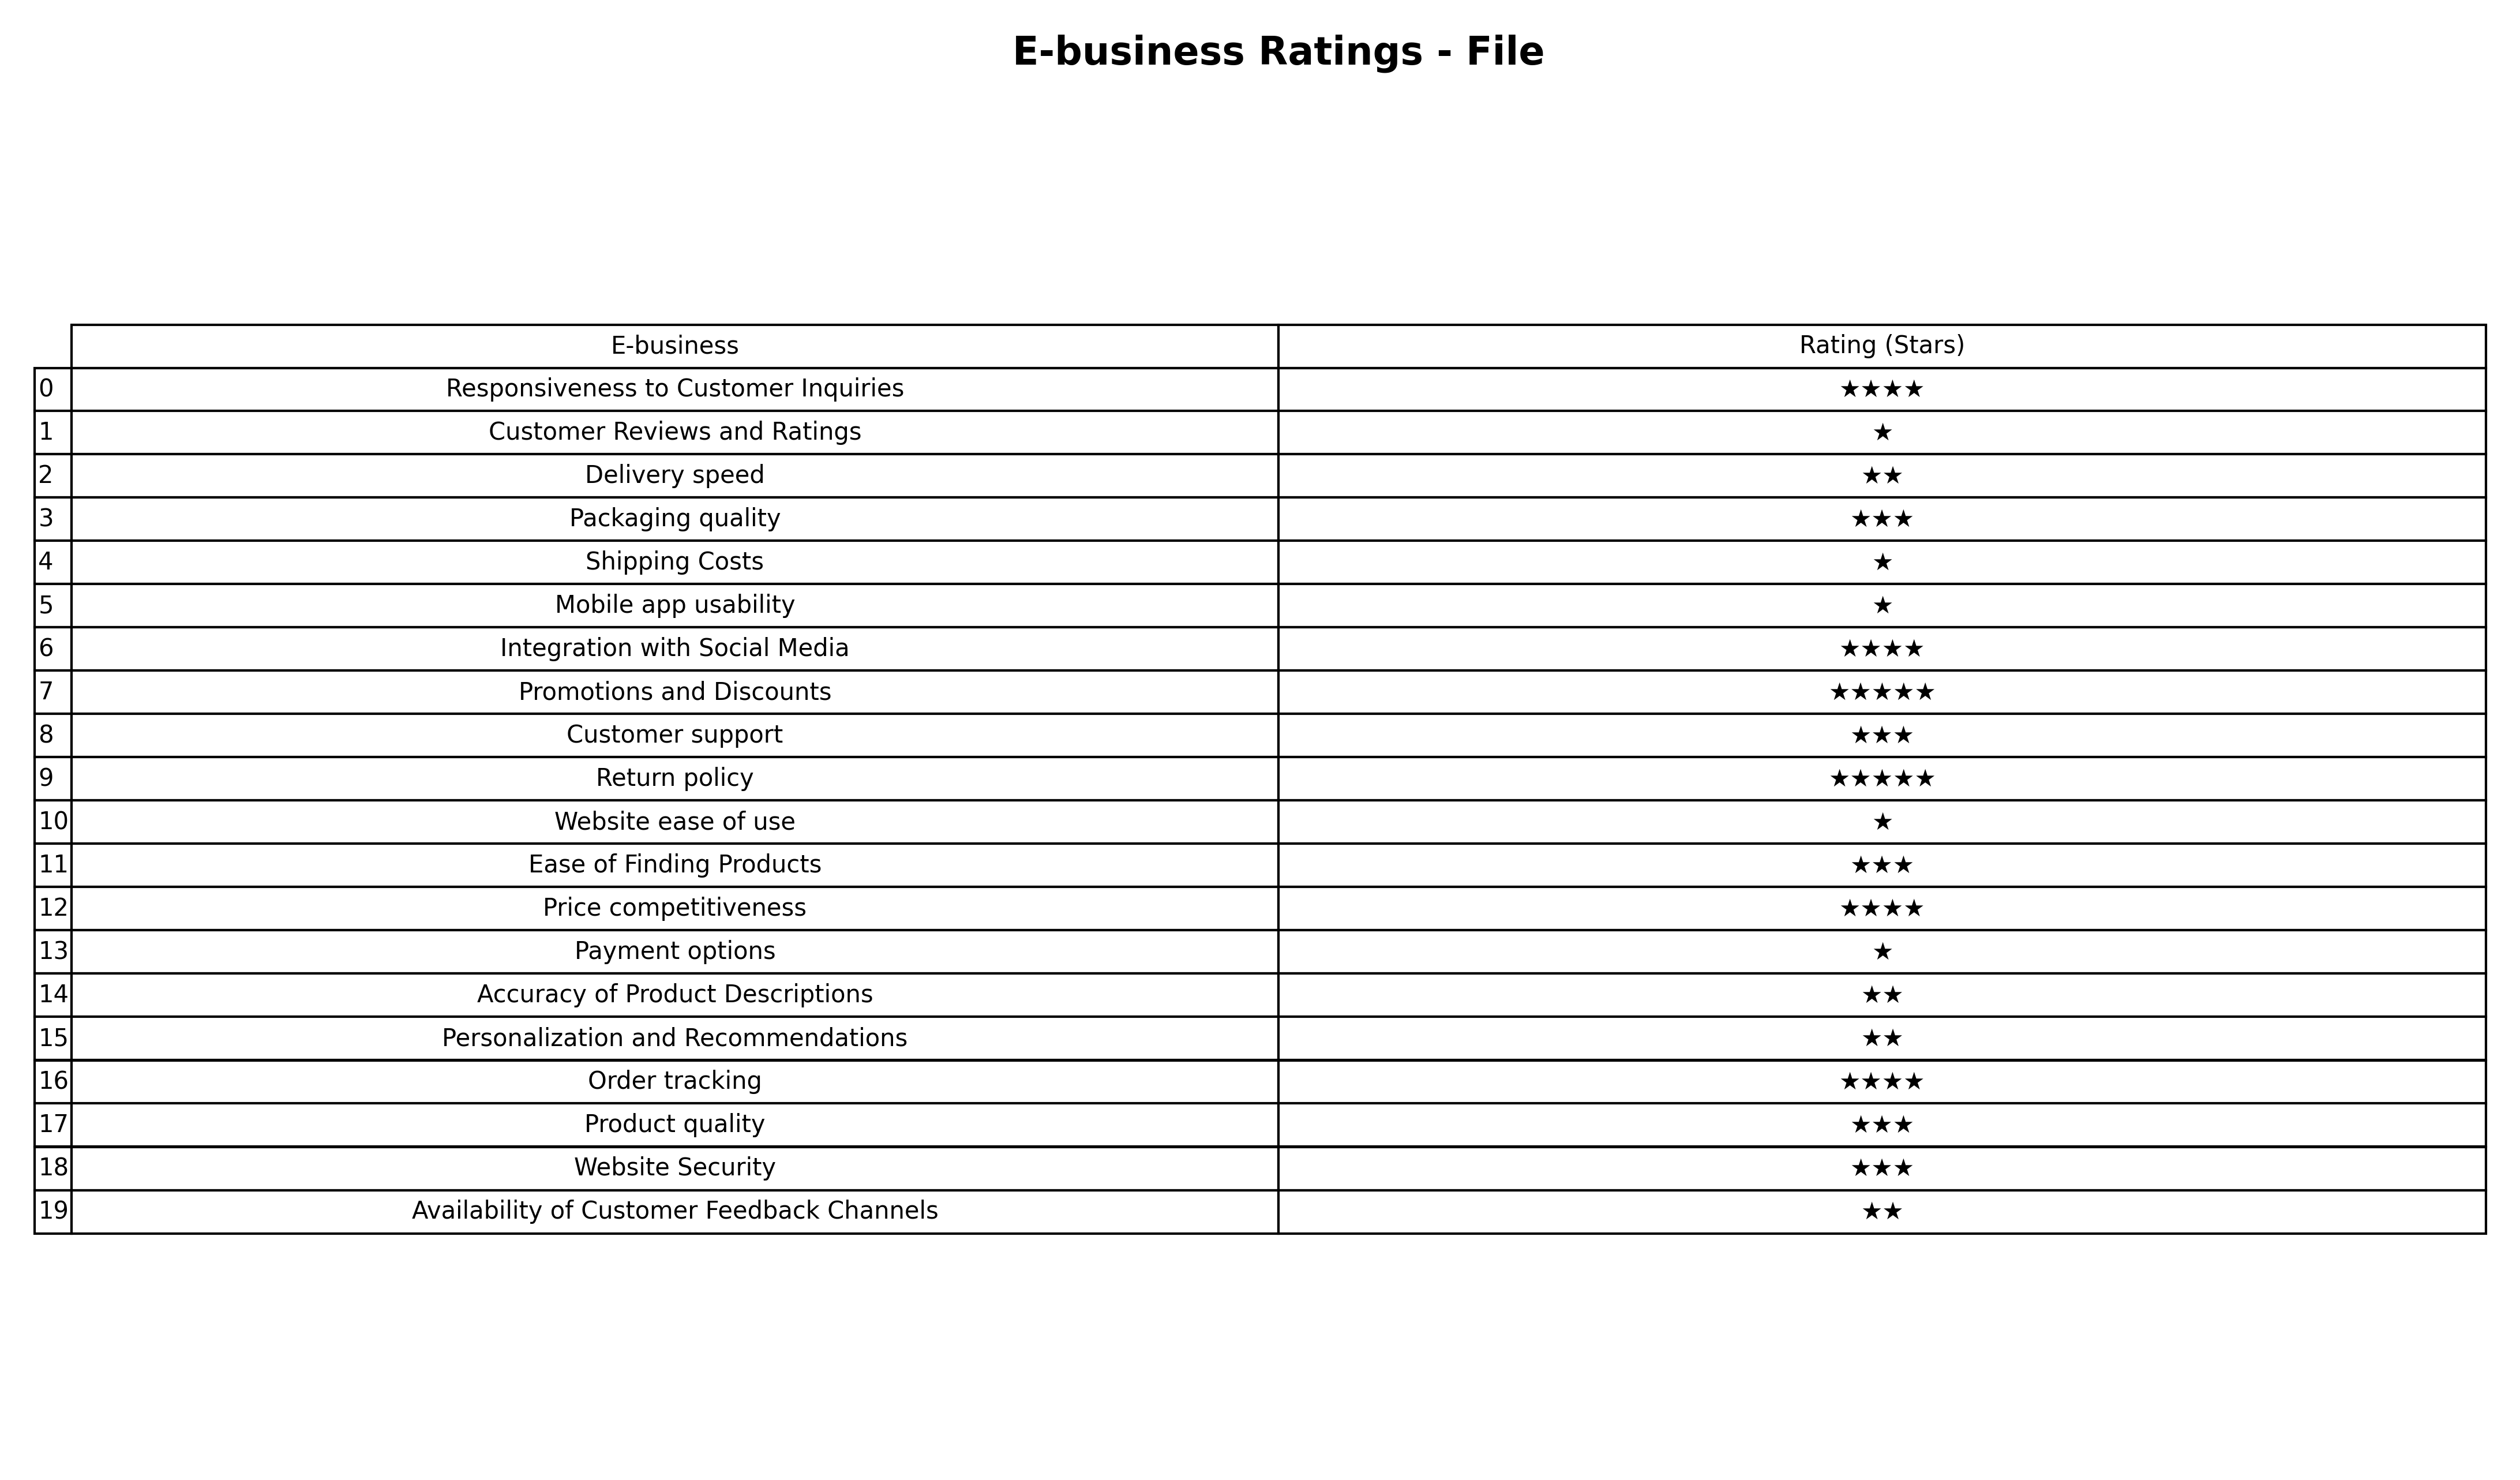
question: What is the rating of Customer Reviews and Ratings?
answer: ★